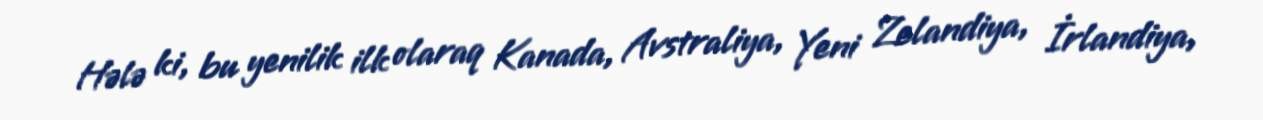
Hələ ki, bu yenilik ilk olaraq Kanada, Avstraliya, Yeni Zelandiya, İrlandiya,